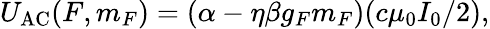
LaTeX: U_{\mathrm{{AC}}}(F,m_{F})=(\alpha-\eta\beta g_{F}m_{F})(c\mu_{0}I_{0}/2),